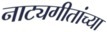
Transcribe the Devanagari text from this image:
नाट्यगीतांच्या